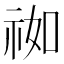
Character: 𰧹